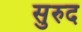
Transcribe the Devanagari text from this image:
सुरुद